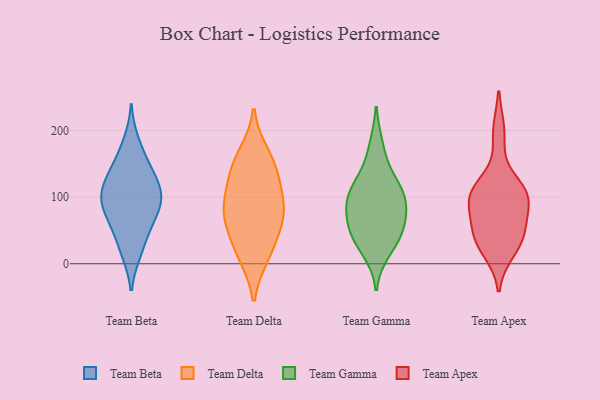
{"axis": {"x": "Demand Index", "y": "Value"}, "legend": ["Team Apex", "Team Beta", "Team Delta", "Team Gamma"], "data": [{"x": "", "y": 58, "type": "Team Beta"}, {"x": "", "y": 93, "type": "Team Beta"}, {"x": "", "y": 183, "type": "Team Beta"}, {"x": "", "y": 73, "type": "Team Beta"}, {"x": "", "y": 80, "type": "Team Beta"}, {"x": "", "y": 127, "type": "Team Beta"}, {"x": "", "y": 95, "type": "Team Beta"}, {"x": "", "y": 17, "type": "Team Beta"}, {"x": "", "y": 112, "type": "Team Beta"}, {"x": "", "y": 130, "type": "Team Beta"}, {"x": "", "y": 160, "type": "Team Beta"}, {"x": "", "y": 101, "type": "Team Beta"}, {"x": "", "y": 54, "type": "Team Beta"}, {"x": "", "y": 107, "type": "Team Beta"}, {"x": "", "y": 144, "type": "Team Beta"}, {"x": "", "y": 21, "type": "Team Beta"}, {"x": "", "y": 87, "type": "Team Delta"}, {"x": "", "y": 12, "type": "Team Delta"}, {"x": "", "y": 149, "type": "Team Delta"}, {"x": "", "y": 72, "type": "Team Delta"}, {"x": "", "y": 50, "type": "Team Delta"}, {"x": "", "y": 117, "type": "Team Delta"}, {"x": "", "y": 92, "type": "Team Delta"}, {"x": "", "y": 16, "type": "Team Delta"}, {"x": "", "y": 138, "type": "Team Delta"}, {"x": "", "y": 67, "type": "Team Delta"}, {"x": "", "y": 165, "type": "Team Delta"}, {"x": "", "y": 66, "type": "Team Gamma"}, {"x": "", "y": 113, "type": "Team Gamma"}, {"x": "", "y": 52, "type": "Team Gamma"}, {"x": "", "y": 44, "type": "Team Gamma"}, {"x": "", "y": 37, "type": "Team Gamma"}, {"x": "", "y": 105, "type": "Team Gamma"}, {"x": "", "y": 95, "type": "Team Gamma"}, {"x": "", "y": 99, "type": "Team Gamma"}, {"x": "", "y": 78, "type": "Team Gamma"}, {"x": "", "y": 19, "type": "Team Gamma"}, {"x": "", "y": 137, "type": "Team Gamma"}, {"x": "", "y": 177, "type": "Team Gamma"}, {"x": "", "y": 102, "type": "Team Apex"}, {"x": "", "y": 197, "type": "Team Apex"}, {"x": "", "y": 44, "type": "Team Apex"}, {"x": "", "y": 104, "type": "Team Apex"}, {"x": "", "y": 105, "type": "Team Apex"}, {"x": "", "y": 85, "type": "Team Apex"}, {"x": "", "y": 43, "type": "Team Apex"}, {"x": "", "y": 43, "type": "Team Apex"}, {"x": "", "y": 20, "type": "Team Apex"}, {"x": "", "y": 110, "type": "Team Apex"}]}